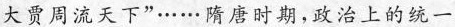
大贾周流天下”……隋唐时期，政治上的统一